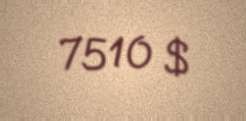
7510 $